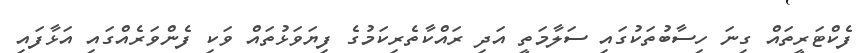
ފެކްޓަރީތައް ގިނަ ހިސާބުތަކުގައި ސަލާމަތީ އަދި ރައްކާތެރިކަމުގެ ފިޔަވަޅުތައް ވަކި ފެންވަރެއްގައި އަޅާފައި